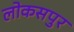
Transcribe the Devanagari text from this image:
लोकसपुर